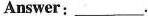
Answer:___.